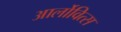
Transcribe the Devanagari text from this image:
आर्लोवित्स